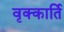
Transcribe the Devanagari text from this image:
वृक्कार्ति